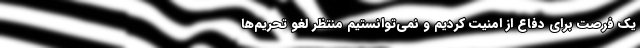
یک فرصت برای دفاع از امنیت کردیم و نمی‌توانستیم منتظر لغو تحریم‌ها